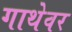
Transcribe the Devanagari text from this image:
गाथेवर